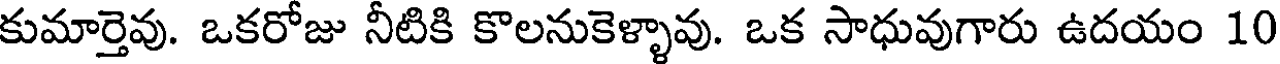
కుమార్తెవు. ఒకరోజు నీటికి కొలనుకెళ్ళావు. ఒక సాధువుగారు ఉదయం 10